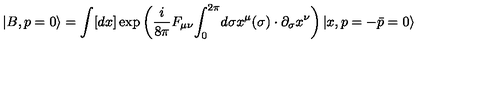
| B , p = 0 \rangle = \int [ d x ] \exp \left( { \frac { i } { 8 \pi } } F _ { \mu \nu } { \int _ { 0 } } ^ { 2 \pi } d \sigma x ^ { \mu } ( \sigma ) \cdot \partial _ { \sigma } x ^ { \nu } \right) | x , p = - \bar { p } = 0 \rangle